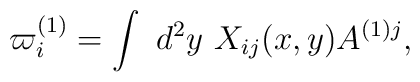
\varpi^{(1)}_i = \int \ d^2y \ X_{ij}(x,y)A^{(1)j},